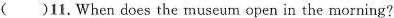
( )11.When does the museum open in the morning?